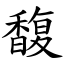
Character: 馥